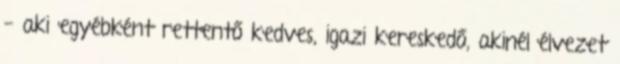
- aki egyébként rettentő kedves, igazi kereskedő, akinél élvezet